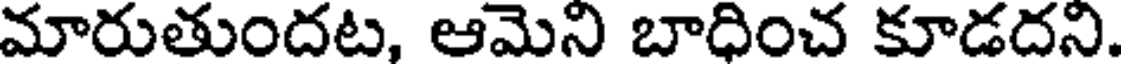
మారుతుందట, ఆమెని బాధించ కూడదని.